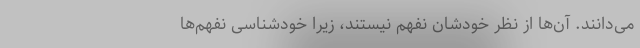
می‌دانند. آن‌ها از نظر خودشان نفهم نیستند، زیرا خودشناسیِ نفهم‌ها